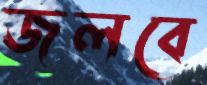
জলবে